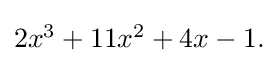
{\textstyle 2x^{3}+11x^{2}+4x-1.}